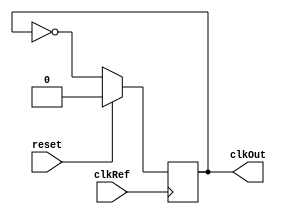
module PLL(clkRef, clkOut, reset);

input clkRef, reset;
output reg clkOut;

always @(posedge clkRef)
begin
	if (reset)
	begin
		clkOut <= 0;
	end
	else
	begin		
		clkOut = ~clkOut;			
	end
end

endmodule